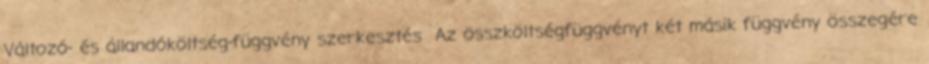
Változó- és állandóköltség-függvény szerkesztés Az összköltségfüggvényt két másik függvény összegére